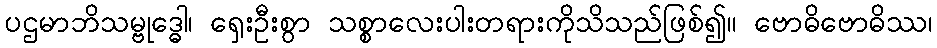
ပဌမာဘိသမ္ဗုဒ္ဓေါ၊ ရှေးဦးစွာ သစ္စာလေးပါးတရားကိုသိသည်ဖြစ်၍။ ဗောဓိဗောဓိဿ၊